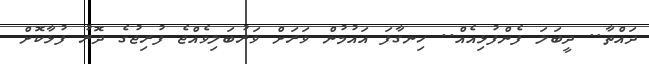
ދައްތާ.. ދީބަލަ ފެންފުޅިއެއް.. ހިނގާފަ އައުމުން ވަރަށް ވަރުބަލިވެއްޖެ ފުރިޖުގެ ދޮރު ފުޅާކޮށް